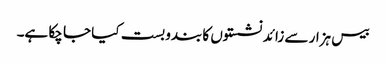
بیس ہزار سے زائد نشستوں کا بندوبست کیا جا چکا ہے۔